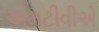
એમટીવીએ